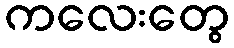
ကလေးတွေ